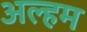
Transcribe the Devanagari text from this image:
अल्हम